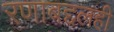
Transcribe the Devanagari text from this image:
रणाबद्दलही